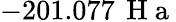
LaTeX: -201.077\, \mathrm{~H~a~}